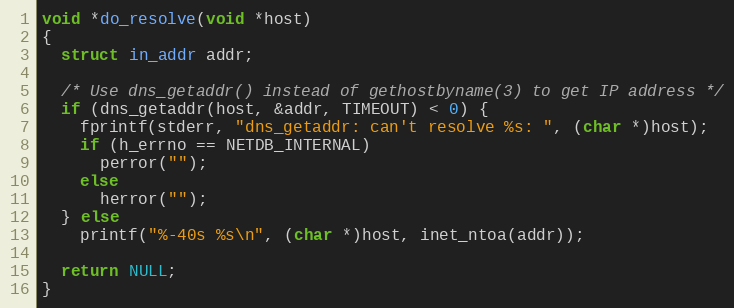
Language: C
void *do_resolve(void *host)
{
  struct in_addr addr;

  /* Use dns_getaddr() instead of gethostbyname(3) to get IP address */
  if (dns_getaddr(host, &addr, TIMEOUT) < 0) {
    fprintf(stderr, "dns_getaddr: can't resolve %s: ", (char *)host);
    if (h_errno == NETDB_INTERNAL)
      perror("");
    else
      herror("");
  } else
    printf("%-40s %s\n", (char *)host, inet_ntoa(addr));

  return NULL;
}